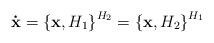
LaTeX: \begin{align*}\mathbf{\dot{x}}=\left\{ \mathbf{x},H_{1}\right\} ^{H_{2}}=\left\{\mathbf{x},H_{2}\right\} ^{H_{1}} \end{align*}